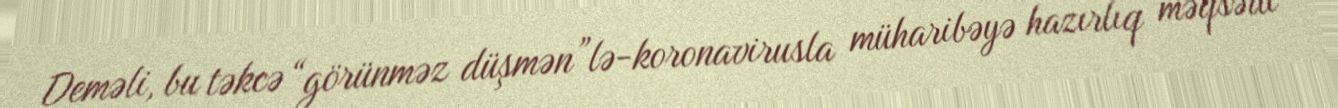
Deməli, bu təkcə “görünməz düşmən”lə-koronavirusla müharibəyə hazırlıq məqsədi